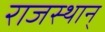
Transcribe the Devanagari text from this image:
राजस्थान्